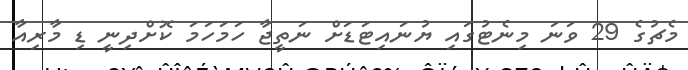
މެޗުގެ 29 ވަނަ މިނެޓުގައި ޔުނައިޓަޑަށް ނަތީޖާ ހަމަހަމަ ކޮށްދިނީ ޑި މާރިއާ